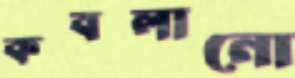
কবলানো